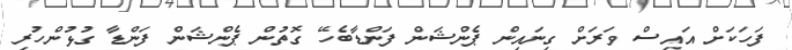
ފަހަކަށް އައިސް ވަރަށް ގިނައިން ޕެންޝަން ފަންޑާބެހޭ ގޮތުން ޕެންޝަން ފަންޑާ ގުޅުންހުރި